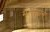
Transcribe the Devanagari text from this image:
मल्ल्याने